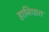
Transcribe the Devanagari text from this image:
हानिधारा